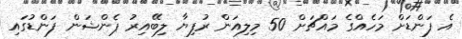
އެ ފަންޑަށް މަހެއްގެ މައްޗަށް 50 މިލިއަން ރުފިޔާ ލިބޭއިރު ޕެންޝަން ފަންޑުގައި